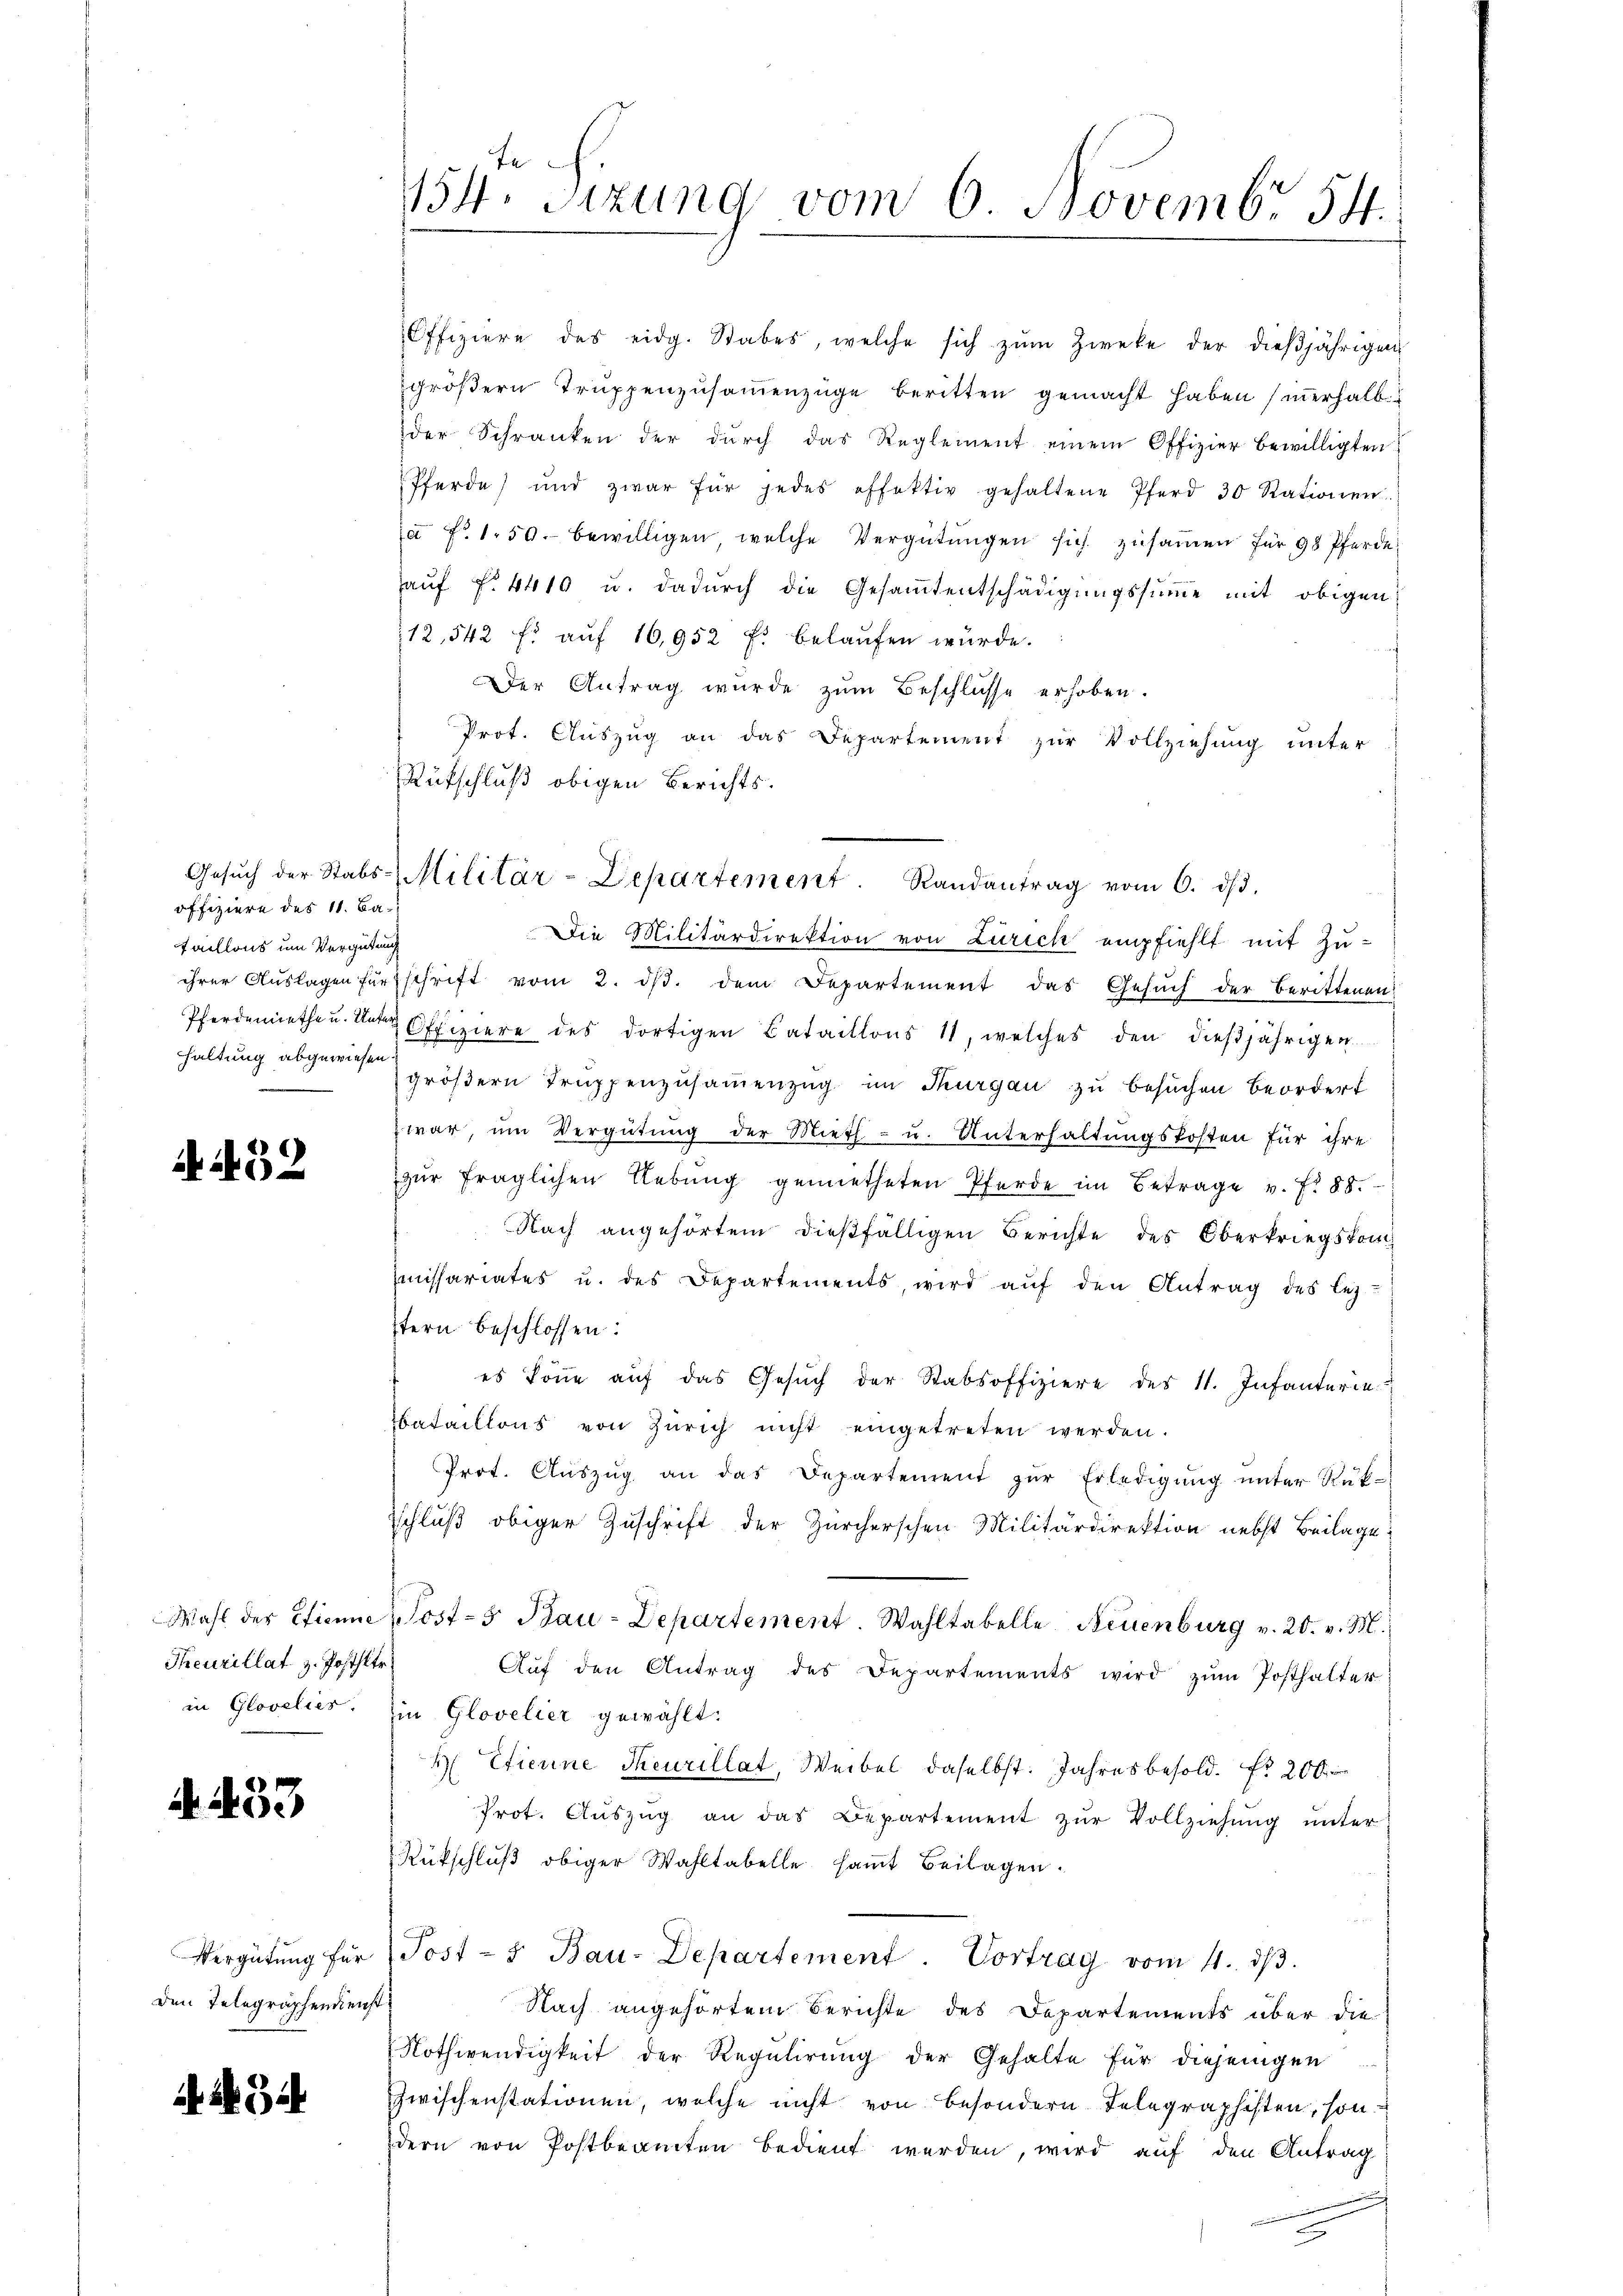
offiziere des 11. Bataillons um Vergütung
haltung abgewiesen

A 452

Theurillat z. Posthltr

A. 433

Den Telegraphendienst

A 294

Offiziere des eidg. Stabes, welche sich zŭm Zwecke der dieβjährigen
gröβern Trŭppenzŭsaṁenzüge beritten gemacht haben sinerhalb
der Schranken der dŭrch das Reglement einem Offizier bewilligten
Pferde und zwar für jedes offektiv gehaltene Pferd 30 Stationen.
à Fr. 150. bewilligen, welche Vergütungen sich zusammen für 98 Pferde
aŭf f. 4410 u. dadŭrch die Gesamtentschädigŭngssumme mit obigen
12,542 f. auf 16,952 f. belaufen würde.
f
Der Antrag wurde zŭm Beschlüsse erhoben.
Prot. Auszug an das Departement zur Vollziehung unter
Rütschluß obigen Berichts.

154. Sizung vom 6. Novembr 54.

Gesŭch der Stabs-Militär-Departement. Randantrag vom 6. ds.

Die Militärdirektion von Zürich empfiehlt mit Zuihrer Aŭslagen fürsschrift vom 2. dβ. dem Departement das Gesŭch der berittenen:
Pferdemiethe u. Unter Offiziere des dortigen Bataillons 11, welches den dieβjährigen
größern Truppenzusammenzug im Thurgau zu besuchen beordert
zwar, um Vergütung der Mieth - u. Unterhaltungskosten für ihre
zur fraglichen Lebung gemietheten Pferde im Betrage v. fr. 88.
Nach angehörtem dießfälligen Berichte des Oberkriegskommmissariates u. des Departements, wird aŭf den Antrag des lez
stern beschlossen:
es könne aŭf das Gesŭch der Stabsoffiziere des 11. Infanterie
ataillons von Zürich nicht eingetreten werden.
Prot. Aŭszŭg an das Departement zŭr Erledigŭng ŭnter Rük-
Schluß obiger Zuschrift der Zürcherschen Militärdirektion nebst Beilage
Wahl der Etienne, Post-5 Bau-Departement. Wahltabelle Neuenburg v. 20. v. M.
Aŭf den Antrag des Departements wird zŭm Posthalter
in Glovelies. Ein Glovelier gewählt:
 Efierine Theurillat, Weibel daselbst. Jahresbesold. fr. 200
Prot. Aŭszŭg an das Departement zŭr Vollziehung unter
Rükschluß obiger Wahltabelle samt Beilagen.
Vergütŭng für Post - 5. Bau-Departement. Vortrag vom 4. dβ.
Nach angehörtem Berichte des Departements über die
Nothwendigkeit der Regulirung der Gehalte für diejenigen
zwischenstationen, welche nicht von besondern Telegraphisten, son
dern von Postbeamten bedient werden, wird auf den Antrag
u

2